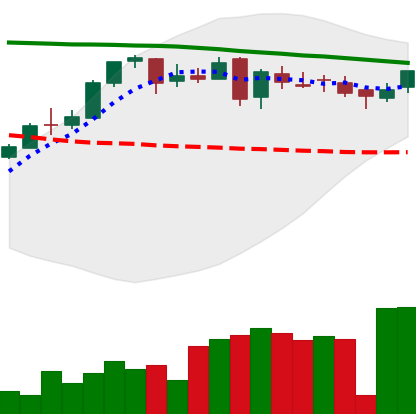
Ticker: DOGE-USD
Chart end date: 2018-05-03
Forward return: -5.992%
Label: down_5_7